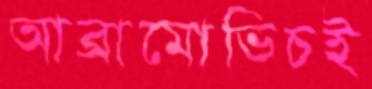
আব্রামোভিচই